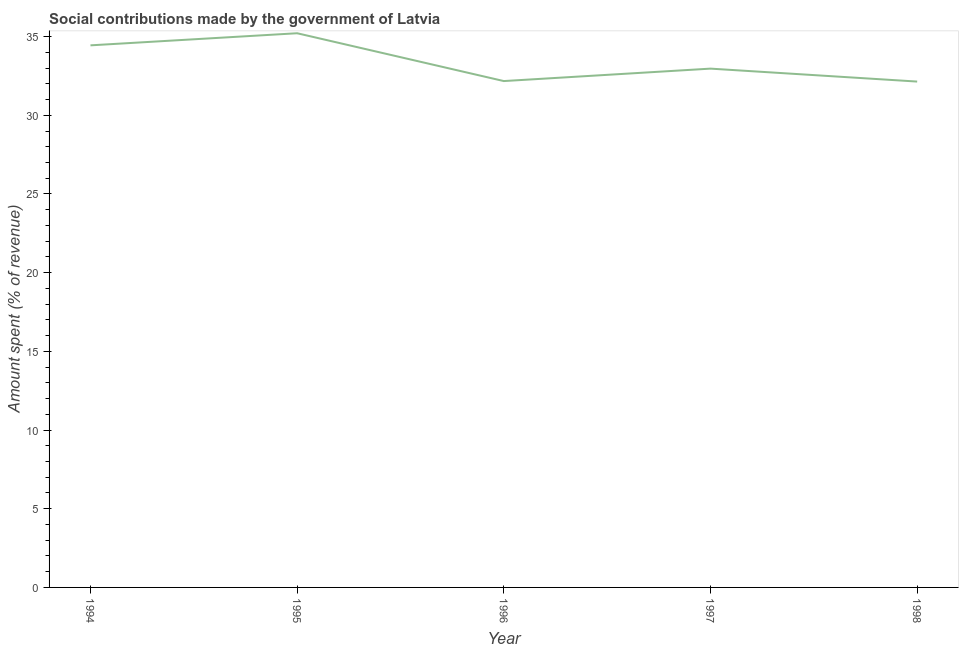
| Year | Social contributions |
 | --- | --- |
 | 1994 | 34.4 |
 | 1995 | 35.2 |
 | 1996 | 32.2 |
 | 1997 | 33 |
 | 1998 | 32.1 |